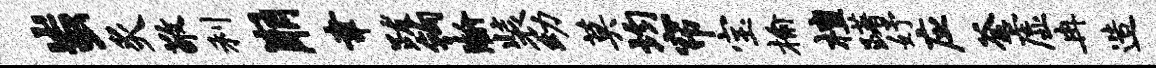
蚩炙敬利崩聿跋钩瀚装幼莫均帘宝榆檀躇妤应釜虚冉造